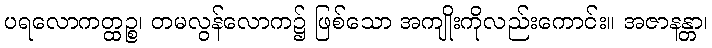
ပရလောကတ္ထဉ္စ၊ တမလွန်လောက၌ ဖြစ်သော အကျိုးကိုလည်းကောင်း။ အဇာနန္တာ၊